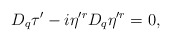
\begin{align*}D_q\tau'-i\eta^{\prime r} D_q\eta^{\prime r}=0,\end{align*}